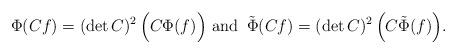
LaTeX: \begin{align*}\Phi(Cf)=(\det C)^2\,\Bigl(C\Phi(f)\Bigr)\,\,\hbox{and}\,\,\,\tilde\Phi(Cf)=(\det C)^2\,\Bigl(C\tilde\Phi(f)\Bigr).\end{align*}